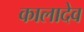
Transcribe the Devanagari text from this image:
कालादेव